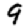
Digit: 9